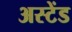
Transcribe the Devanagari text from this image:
अस्टेंड